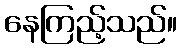
နေကြည့်သည်။